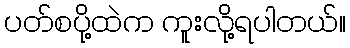
ပတ်စပို့ထဲက ကူးလို့ရပါတယ်။